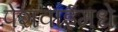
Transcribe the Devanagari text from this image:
पेशवाईमधे